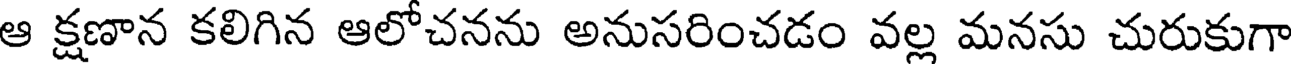
ఆ క్షణాన కలిగిన ఆలోచనను అనుసరించడం వల్ల మనసు చురుకుగా